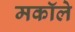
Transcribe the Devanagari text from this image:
मकॉले